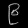
Digit: ၉